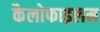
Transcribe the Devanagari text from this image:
कैलोफाइलम